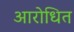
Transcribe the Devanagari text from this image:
आरोधित